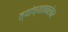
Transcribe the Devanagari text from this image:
त्यांच्याचबरोबर